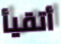
أتقيأ